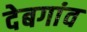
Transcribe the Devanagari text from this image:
देबगांव